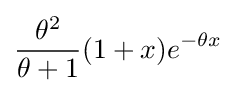
{\frac {\theta ^{2}}{\theta +1}}(1+x)e^{-\theta x}